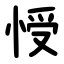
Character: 㥅